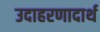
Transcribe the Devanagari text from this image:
उदाहरणादार्थ